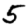
Digit: 5